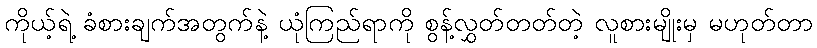
ကိုယ့်ရဲ့ ခံစားချက်အတွက်နဲ့ ယုံကြည်ရာကို စွန့်လွှတ်တတ်တဲ့ လူစားမျိုးမှ မဟုတ်တာ